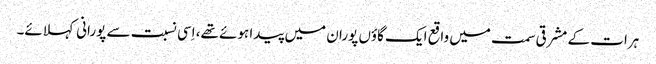
ہرات کے مشرقی سمت میں واقع ایک گاؤں پوران میں پیدا ہوئے تھے، اِسی نسبت سے پورانی کہلائے۔